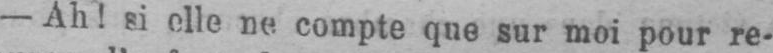
- Ah! si elle ne compte que sur moi pour re-